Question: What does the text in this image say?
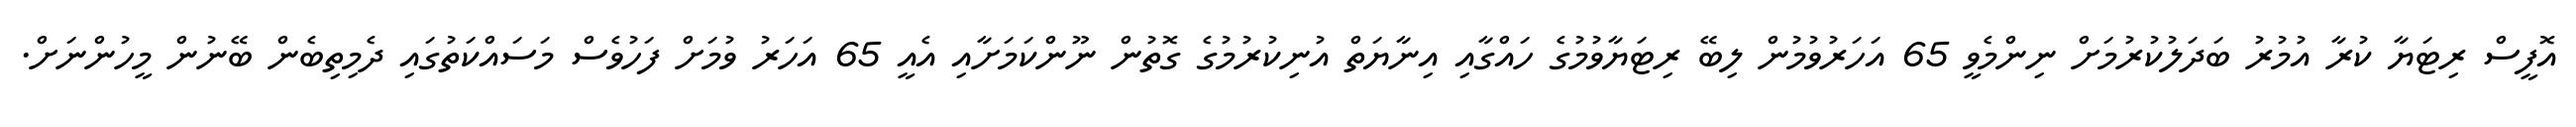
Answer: އޮފީސް ރިޓަޔާ ކުރާ އުމުރު ބަދަލުކުރުމަށް ނިންމެވީ 65 އަހަރުވުމުން ލިބޭ ރިޓަޔާވުމުގެ ހައްގާއި އިނާޔަތް އުނިކުރުމުގެ ގޮތުން ނޫންކަމަށާއި އެއީ 65 އަހަރު ވުމަށް ފަހުވެސް މަސައްކަތުގައި ދެމިތިބެން ބޭނުން މީހުންނަށް.